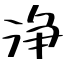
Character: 浄